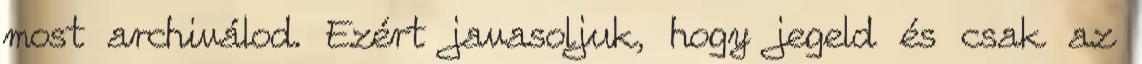
most archiválod. Ezért javasoljuk, hogy jegeld és csak az